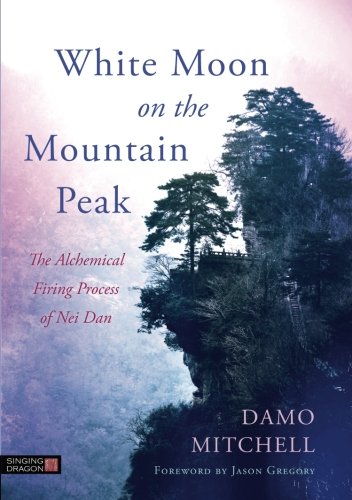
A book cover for White Moon on the Mountain Peak: The Alchemical Firing Process of Nei Dan (Daoist Nei Gong); Damo Mitchell; Health, Fitness & Dieting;